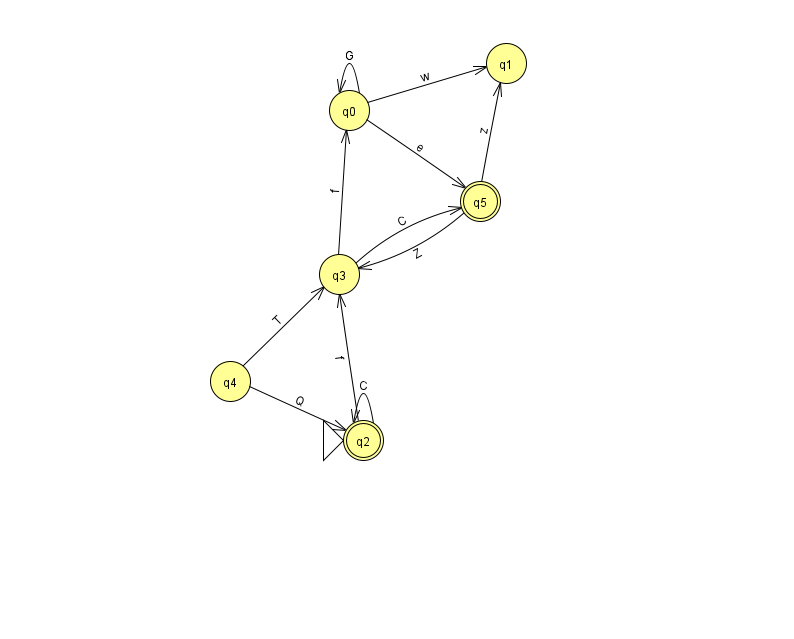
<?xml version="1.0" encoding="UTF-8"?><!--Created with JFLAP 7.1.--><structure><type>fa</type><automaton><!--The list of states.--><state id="0" name="q0"><x>349.0</x><y>97.0</y></state><state id="1" name="q1"><x>506.0</x><y>50.0</y></state><state id="2" name="q2"><x>363.0</x><y>427.0</y><initial/><final/></state><state id="3" name="q3"><x>339.0</x><y>261.0</y></state><state id="4" name="q4"><x>230.0</x><y>368.0</y></state><state id="5" name="q5"><x>480.0</x><y>188.0</y><final/></state><!--The list of transitions.--><transition><from>4</from><to>2</to><read>Q</read></transition><transition><from>5</from><to>3</to><read>Z</read></transition><transition><from>2</from><to>2</to><read>C</read></transition><transition><from>3</from><to>0</to><read>f</read></transition><transition><from>0</from><to>0</to><read>G</read></transition><transition><from>2</from><to>3</to><read>f</read></transition><transition><from>4</from><to>3</to><read>T</read></transition><transition><from>5</from><to>1</to><read>z</read></transition><transition><from>3</from><to>5</to><read>C</read></transition><transition><from>0</from><to>1</to><read>w</read></transition><transition><from>0</from><to>5</to><read>e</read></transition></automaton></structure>